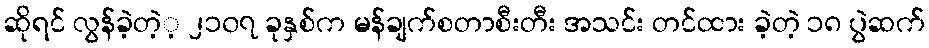
ဆိုရင် လွန်ခဲ့တဲ့့ ၂၁၀၇ ခုနှစ်က မန်ချက်စတာစီးတီး အသင်း တင်ထား ခဲ့တဲ့ ၁၈ ပွဲဆက်